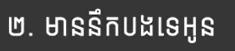
២. មាននឹកបងទេអូន